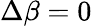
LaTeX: \Delta\beta=0